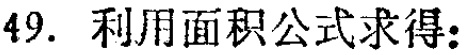
49. 利用面积公式求得：